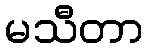
မသီတာ